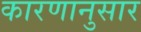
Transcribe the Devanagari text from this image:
कारणानुसार